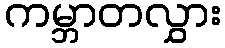
ကမ္ဘာတလွှား